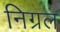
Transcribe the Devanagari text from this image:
निग्रल